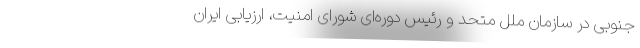
جنوبی در سازمان ملل متحد و رئیس دوره‌ای شورای امنیت، ارزیابی ایران